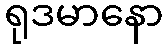
ရုဒမာနော